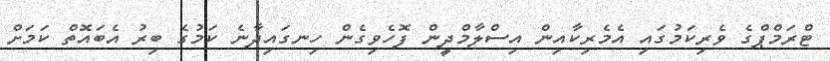
ޓްރަމްޕްގެ ވެރިކަމުގައި އެމެރިކާއިން އިސްލާމްދީން ފޮހެވިގެން ހިނގައިދާނެ ކަމުގެ ބިރު އެބައޮތް ކަމަށް